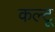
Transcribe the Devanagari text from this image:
कल्टू